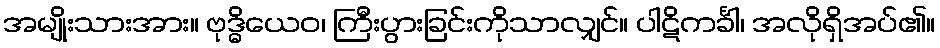
အမျိုးသားအား။ ဗုဒ္ဓိယေဝ၊ ကြီးပွားခြင်းကိုသာလျှင်။ ပါဋိကင်္ခါ၊ အလိုရှိအပ်၏။